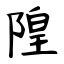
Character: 隍